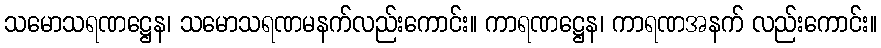
သမောသရဏဋ္ဌေန၊ သမောသရဏမနက်လည်းကောင်း။ ကာရဏဋ္ဌေန၊ ကာရဏအနက် လည်းကောင်း။